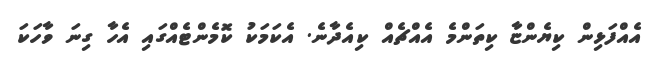
އެއްފަޅިން ކިޔެންޏާ ކިތަންމެ އެއްޗެއް ކިއެދާނެ. އެކަމަކު ކޮމެންޓެއްގައި އެހާ ގިނަ ވާހަކަ